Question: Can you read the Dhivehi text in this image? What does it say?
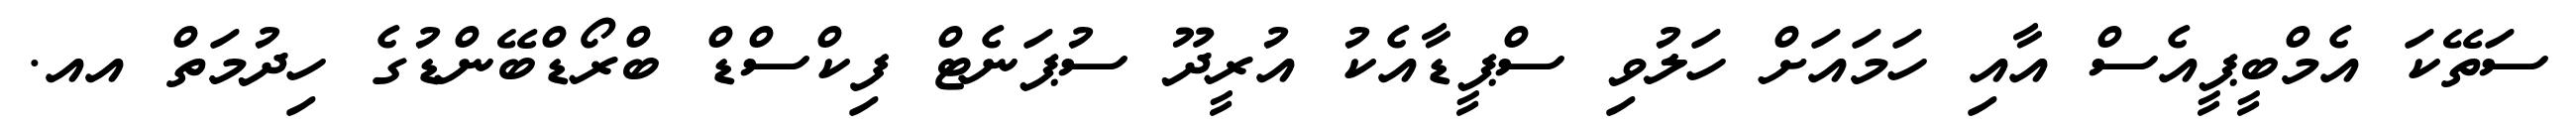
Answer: ސަތޭކަ އެމްބީޕީއެސް އާއި ހަމައަށް ހަލުވި ސްޕީޑާއެކު އުރީދޫ ސުޕަނެޓް ފިކްސްޑް ބްރޯޑްބޭންޑުގެ ހިދުމަތް އއ.